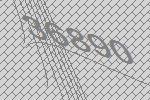
36890